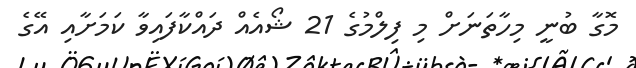
މޮގާ ބުނީ މިހާތަނަށް މި ފިލްމުގެ 21 ޝޯއެއް ދައްކާފައިވާ ކަމަށާއި އޭގެ